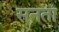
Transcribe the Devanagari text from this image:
सनता